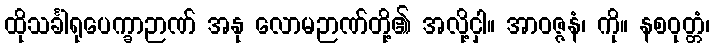
ထိုသင်္ခါရုပေက္ခာဉာဏ် အနု လောမဉာဏ်တို့၏ အလို့ငှါ။ အာဝဇ္ဇနံ၊ ကို။ နစဝုတ္တံ၊